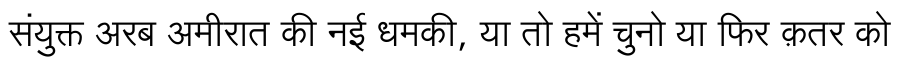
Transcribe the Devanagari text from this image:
संयुक्त अरब अमीरात की नई धमकी, या तो हमें चुनो या फिर क़तर को